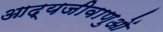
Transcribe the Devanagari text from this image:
आद्यजीवाणुओं